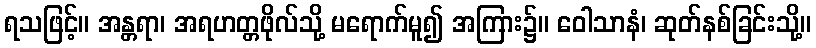
ရသဖြင့်။ အန္တရာ၊ အရဟတ္တဖိုလ်သို့ မရောက်မူ၍ အကြား၌။ ဝေါသာနံ၊ ဆုတ်နစ်ခြင်းသို့။